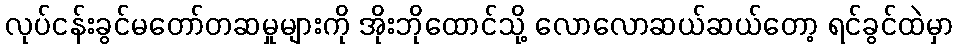
လုပ်ငန်းခွင်မတော်တဆမှုများကို အိုးဘိုထောင်သို့ လောလောဆယ်ဆယ်တော့ ရင်ခွင်ထဲမှာ